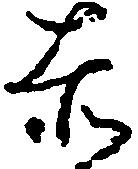
赤